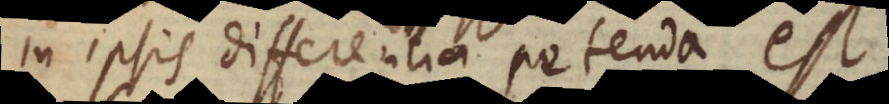
in ipsis differentia petenda est